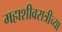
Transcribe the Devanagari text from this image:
महाशीवरात्रीच्या